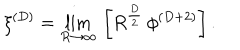
LaTeX: \xi ^ { ( D ) } = \lim _ { R \rightarrow \infty } \, \left[ R ^ { \frac { D } { 2 } } \, \phi ^ { ( D + 2 ) } \right] .